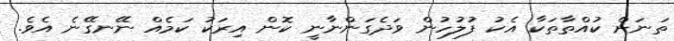
ތަނަށް ކުއްތާތަކާ އެކު ފުލުހުން ވަދެގަންނާނީ ކޮން އިރަކު ކަމެއް ނޭނގޭނެ އެވެ.